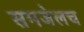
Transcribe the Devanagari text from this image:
समजेलच